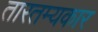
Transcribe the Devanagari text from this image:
तारतम्यकार